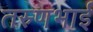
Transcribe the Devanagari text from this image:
तस्र्णभाई